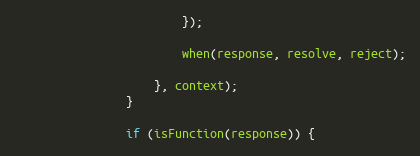
Language: JavaScript
                        });

                        when(response, resolve, reject);

                    }, context);
                }

                if (isFunction(response)) {